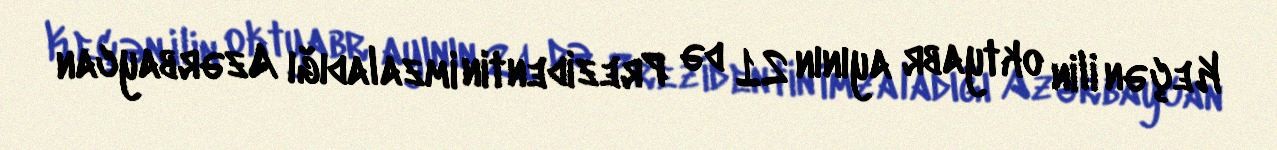
Keçən ilin oktyabr ayının 21 də Prezidentin imzaladığı Azərbaycan